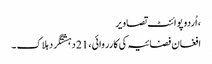
، اُردو پوائنٹ تصاویر
افغان فضائیہ کی کارروائی ، 21 دہشتگرد ہلاک ۔